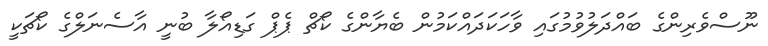
ނޫސްވެރިންގެ ބައްދަލުވުމުގައި ވާހަކަދައްކަމުން ބެޔާންގެ ކޯޗް ޕެޕް ގަޑިއޯލާ ބުނީ އާސެނަލްގެ ކޯޗަކީ